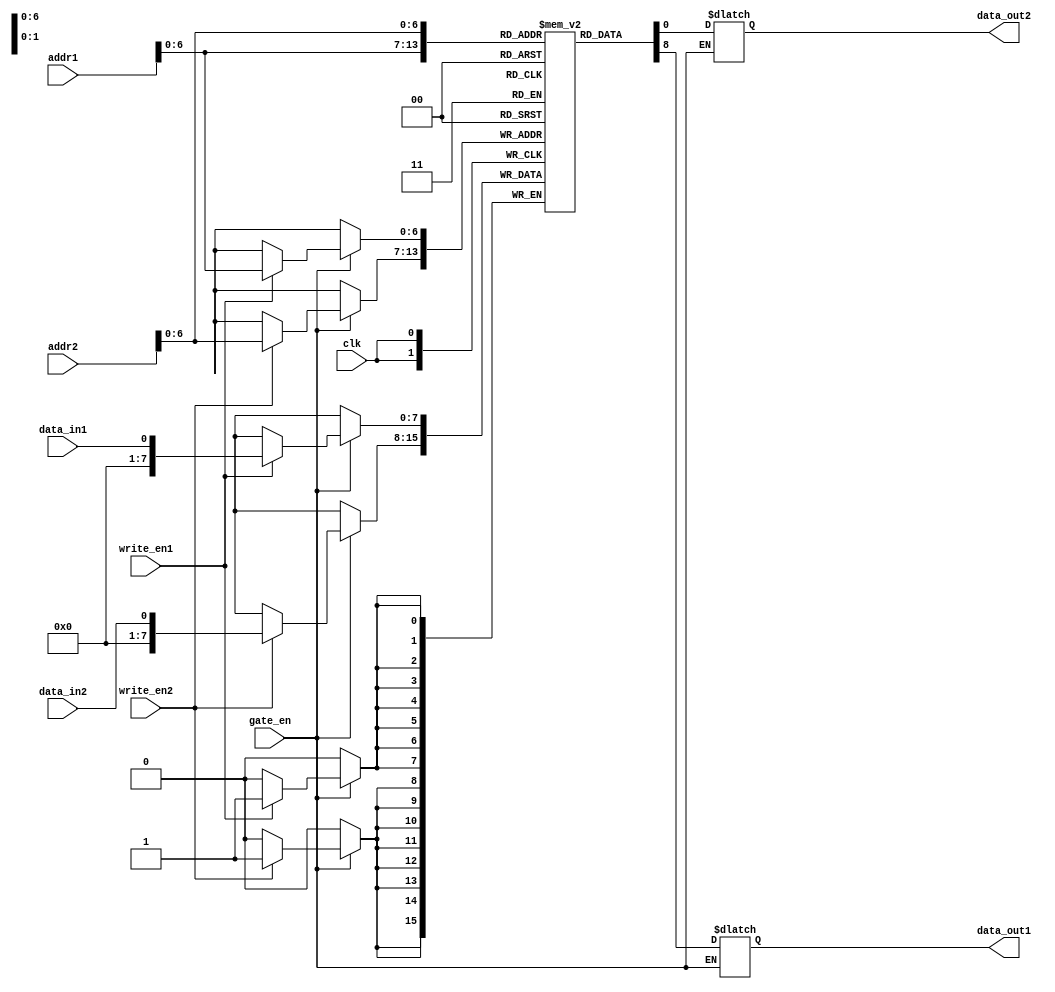
module dual_port_RAM(
    input clk,
    input [7:0] addr1,
    input [7:0] addr2,
    input data_in1,
    input data_in2,
    input write_en1,
    input write_en2,
    input gate_en,
    output reg data_out1,
    output reg data_out2
);

reg [7:0] memory [0:127];

always @ (posedge clk) begin
    if (gate_en == 1'b1) begin
        if (write_en1 == 1'b1) begin
            memory[addr1] <= data_in1;
        end
        if (write_en2 == 1'b1) begin
            memory[addr2] <= data_in2;
        end
    end
end

always @ (addr1 or addr2) begin
    if (gate_en == 1'b1) begin
        data_out1 <= memory[addr1];
        data_out2 <= memory[addr2];
    end
end

endmodule